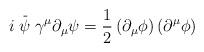
LaTeX: \begin{align*}i\stackrel{\_}{\psi }\gamma ^{\mu }\partial _{\mu }\psi =\frac{1}{2}\left(\partial _{\mu }\phi \right) \left( \partial ^{\mu }\phi \right) \end{align*}